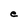
Character: e